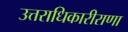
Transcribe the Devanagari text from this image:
उत्तराधिकारीराणा